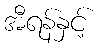
အီရန်နှင့်